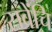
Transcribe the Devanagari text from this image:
सवेंचि